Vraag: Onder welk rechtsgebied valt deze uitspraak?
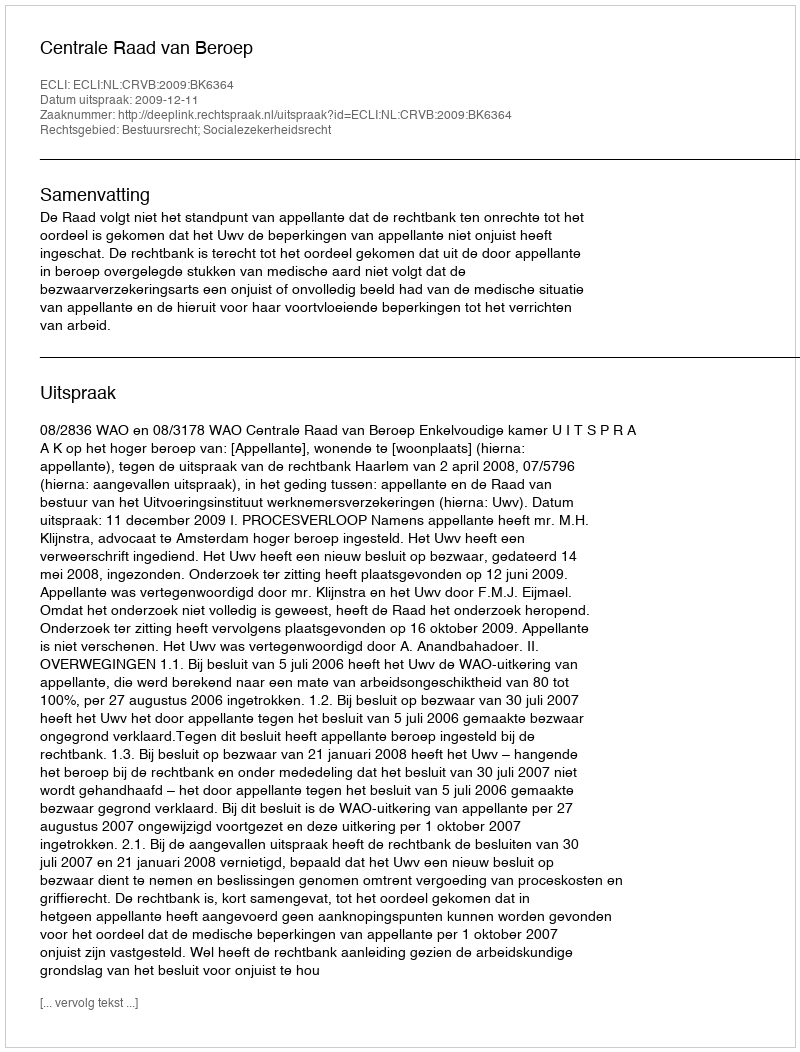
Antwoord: Bestuursrecht; Socialezekerheidsrecht